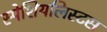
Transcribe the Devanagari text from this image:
स्पेशियलिस्टस